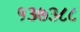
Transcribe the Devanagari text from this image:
१३७३८८